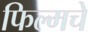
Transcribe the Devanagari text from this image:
फिल्मचे